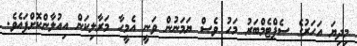
މިދިޔަ އަހަރުގެ ސެޕްޓެމްބަރު މަހު ވެސް ޔަމަނުން ވަނީ އެމީހާ މަރާލިކަން އިއުލާންކޮށްފައެވެ.